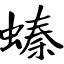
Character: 螓